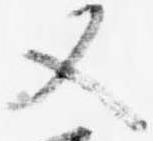
又